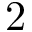
2